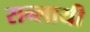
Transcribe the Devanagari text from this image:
सन्लायी